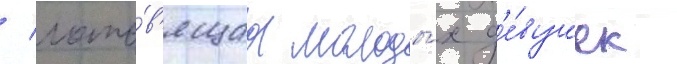
/ гото́в'ящаа молоды́х д'е́вушек